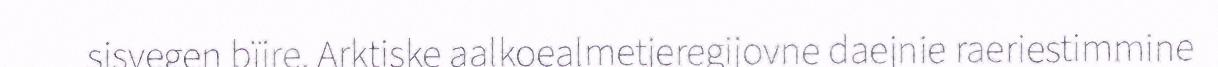
sisvegen bïjre. Arktiske aalkoealmetjeregijovne daejnie raeriestimmine